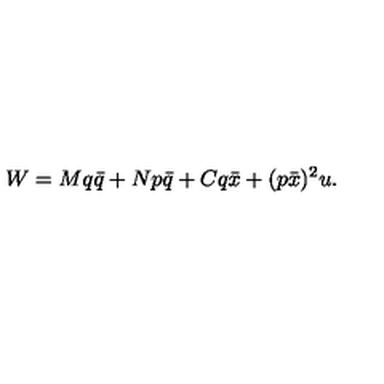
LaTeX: W = M q \bar { q } + N p \bar { q } + C q \bar { x } + ( p \bar { x } ) ^ { 2 } u .